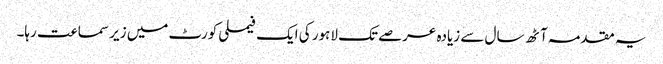
یہ مقدمہ آٹھ سال سے زیادہ عرصے تک لاہور کی ایک فیملی کورٹ میں زیر سماعت رہا۔